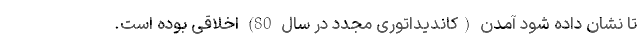
تا نشان داده شود آمدن (کاندیداتوری مجدد در سال 80) اخلاقی بوده است.